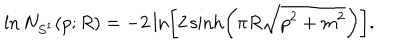
\ln N _ { S ^ { 1 } } ( p ; R ) = - 2 \ln \left[ 2 \sinh \left( \pi R \sqrt { p ^ { 2 } + m ^ { 2 } } \right) \right] .